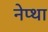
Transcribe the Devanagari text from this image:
नेप्था